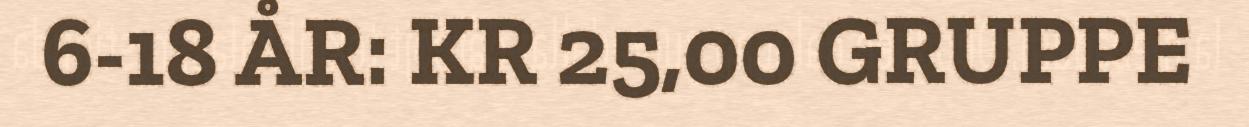
6-18 ÅR: KR 25,00 GRUPPE